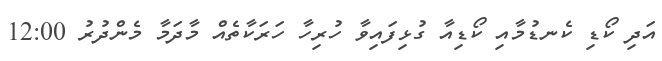
އަދި ކޯޑި ކެނޑުމާއި ކޯޑިއާ ގުޅިފައިވާ ހުރިހާ ހަރަކާތެއް މާދަމާ މެންދުރު 12:00